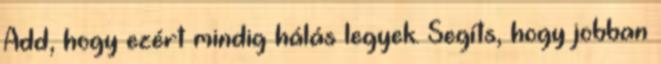
Add, hogy ezért mindig hálás legyek. Segíts, hogy jobban